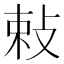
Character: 𭣴